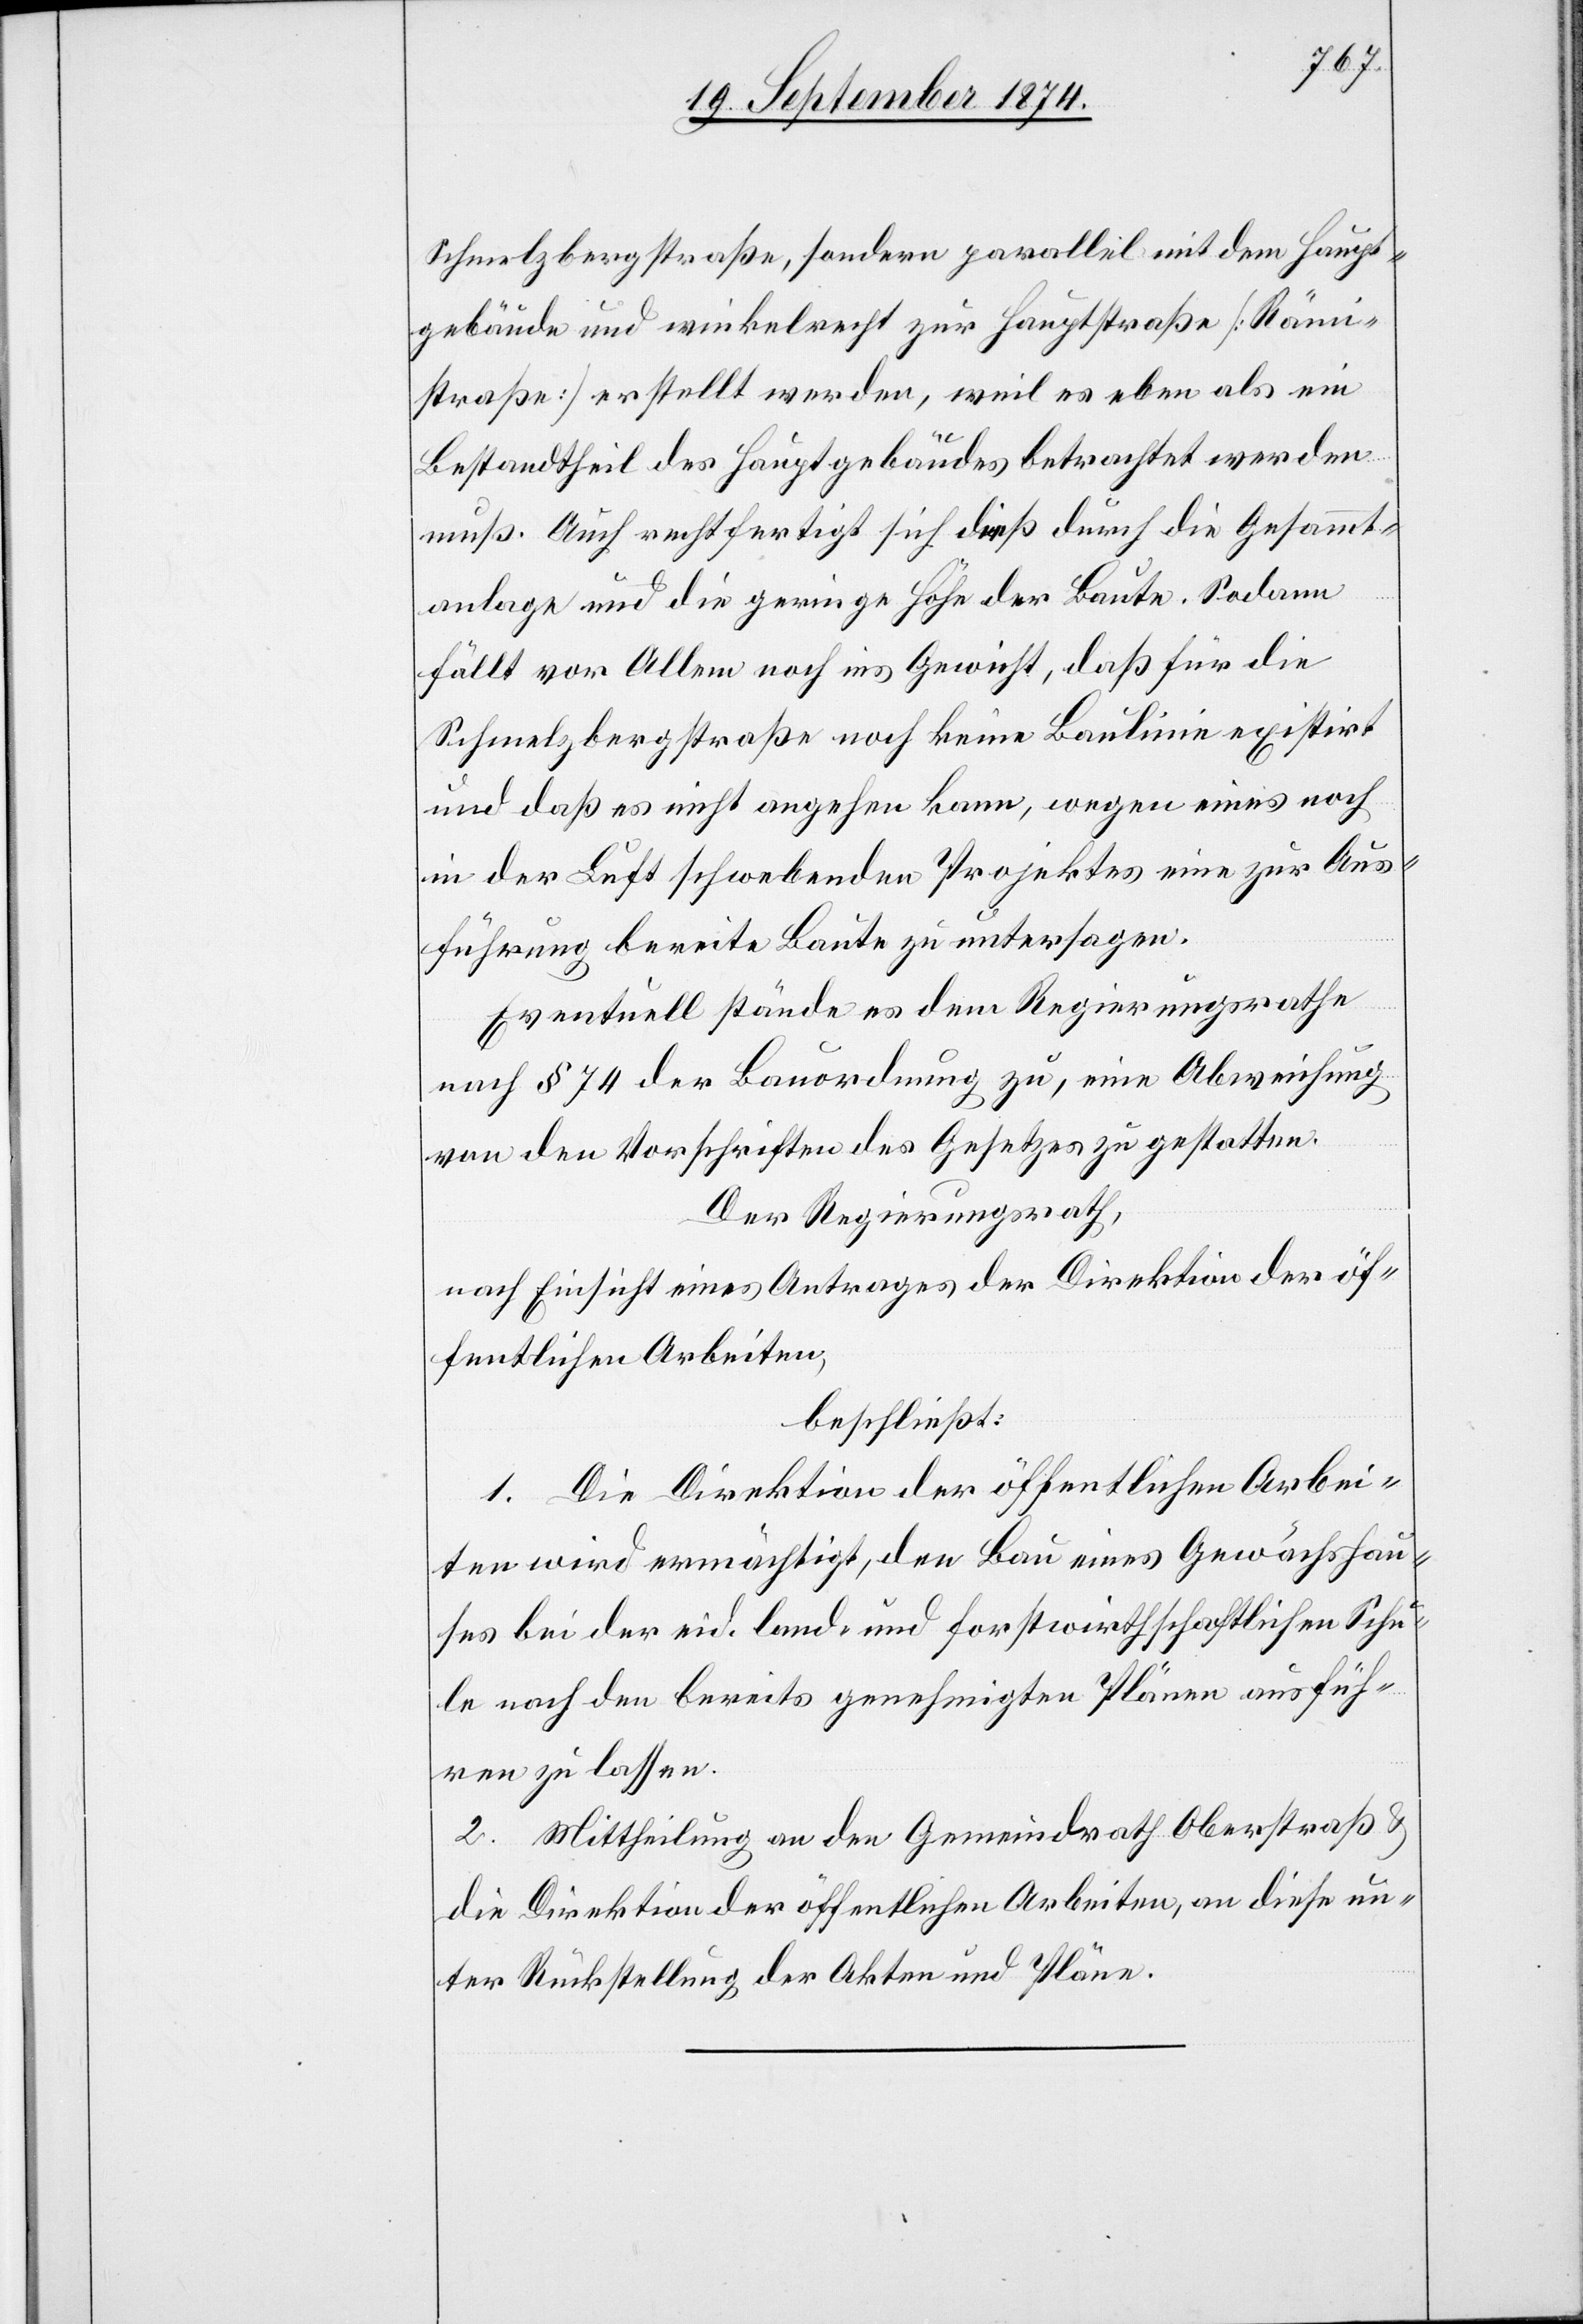
Schmelzbergstraße, sondern parallel mit dem Haupt¬
gebäude und winkelrecht zur Hauptstraße [Rämi¬
straße] erstellt werden, weil es eben als ein
Bestandtheil des Hauptgebäudes betrachtet werden
muß. Auch rechtfertigt sich dieß durch die Gesammt¬
anlage und die geringe Höhe der Baute. Sodann
fällt vor Allem noch ins Gewicht, daß für die
Schmelzbergstraße noch keine Baulinie existirt
und daß es nicht angehen kann, wegen eines noch
in der Luft schwebenden Projektes eine zur Aus¬
führung bereite Baute zu untersagen.
Eventuell stände es dem Regierungsrathe
nach § 74 der Bauordnung zu, eine Abweichung
von den Vorschriften des Gesetzes zu gestatten.
Der Regierungsrath,
nach Einsicht eines Antrages der Direktion der öf¬
fentlichen Arbeiten,
beschließt:
1. Die Direktion der öffentlichen Arbei¬
ten wird ermächtigt, den Bau eines Gewächshau¬
ses bei der eid. land- und forstwirthschaftlichen Schu¬
le nach den bereits genehmigten Plänen ausfüh¬
ren zu lassen.
2. Mittheilung an den Gemeindrath Oberstraß &
die Direktion der öffentlichen Arbeiten, an diese un¬
ter Rückstellung der Akten und Pläne.